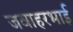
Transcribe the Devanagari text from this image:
जवाहरभाई